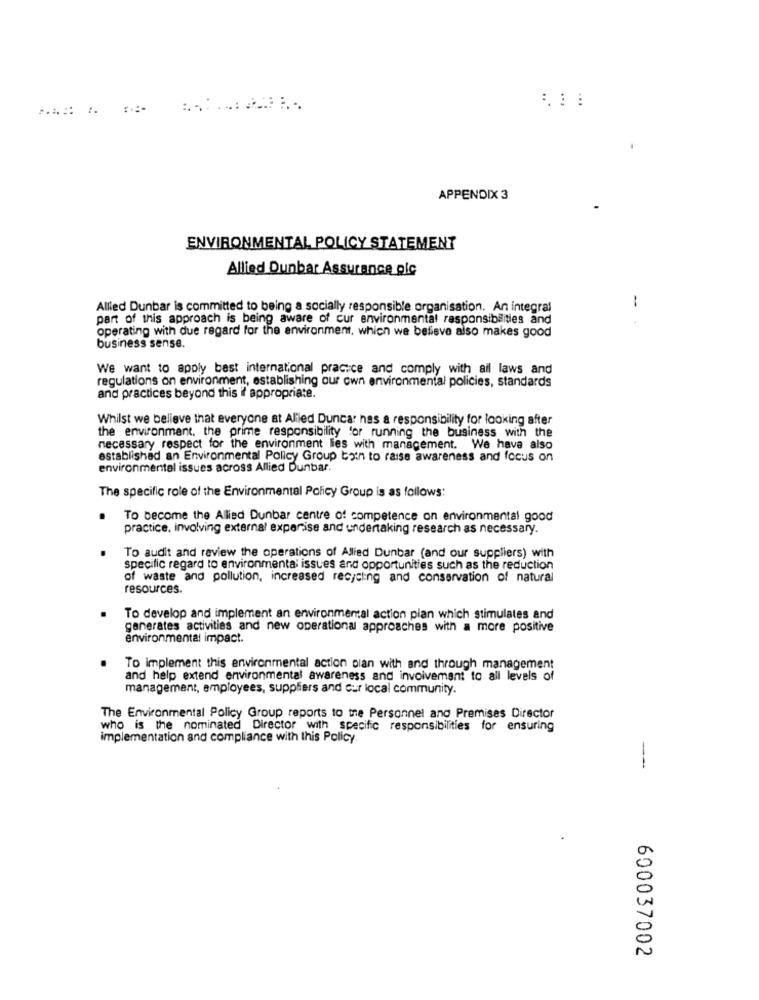
...
APPENDIX 3
ENVIRONMENTAL POLICY STATEMENT
Allied Dunbar Assurance olc
Allied Dunbar is committed to being a socially responsible organisation. An integral
1
part of this approach is being aware of cur environmental responsibilities and
operating with due regard for the environment, which we believe also makes good
business sense.
We want to apply best international practice and comply with all laws and
regulations on environment, establishing our own environmental policies, standards
and practices beyond this if appropriate.
Whilst we believe that everyone at Aliled Duncar nas a responsibility for looking after
the environment. the prime responsibility for running the business with the
necessary respect for the environment lies with management. We have also
established an Environmental Policy Group bain to raise awareness and focus on
environmental issues across Allied Dunbar.
The specific role of the Environmental Policy Group is as follows:
To become the Allied Dunbar centre of competence on environmental good
practice, involving external expenise and undertaking research as necessary.
To audit and review the operations of Allied Dunbar (and our suppliers) with
specific regard to environmental issues and opportunities such as the reduction
of waste and pollution, increased recycling and conservation of natural
resources.
To develop and implement an environmental action plan which stimulates and
generates activities and new operational approaches with a more positive
environmental impact.
To implement this environmental action plan with and through management
and help extend environmental awareness and involvement to all levels of
management, employees, suppliers and cur local community.
The Environmental Policy Group reports to the Personnel and Premises Director
who is the nominated Director with specific responsibilities for ensuring
implementation and compliance with this Policy.
--
600037002